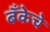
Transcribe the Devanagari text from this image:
बॅँकेचे